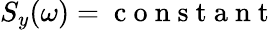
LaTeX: S_{y}(\omega)=\mathrm{~c~o~n~s~t~a~n~t~}